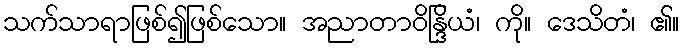
သက်သာရာဖြစ်၍ဖြစ်သော။ အညာတာဝိန္ဒြိယံ၊ ကို။ ဒေသိတံ၊ ၏။